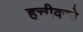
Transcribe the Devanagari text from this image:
हत्तीवरचे